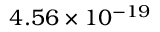
4 . 5 6 \times 1 0 ^ { - 1 9 }